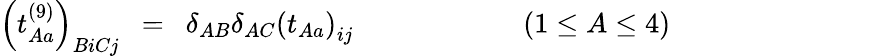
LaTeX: \left(t_{Aa}^{(9)}\right)_{BiCj}\ \ =\ \ \delta_{AB}\delta_{AC}\left(t_{Aa}\right)_{ij}\qquad\qquad\qquad(1\leq A\leq 4)\qquad\qquad\qquad\quad